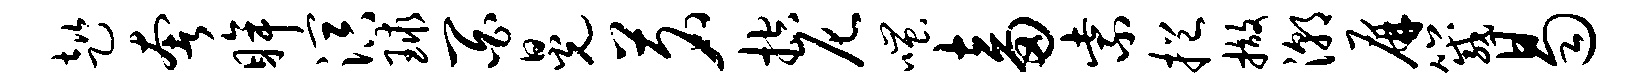
趑奢眸溟球百晃茗控尼嗤畜紫挹撤潮屏箴曷